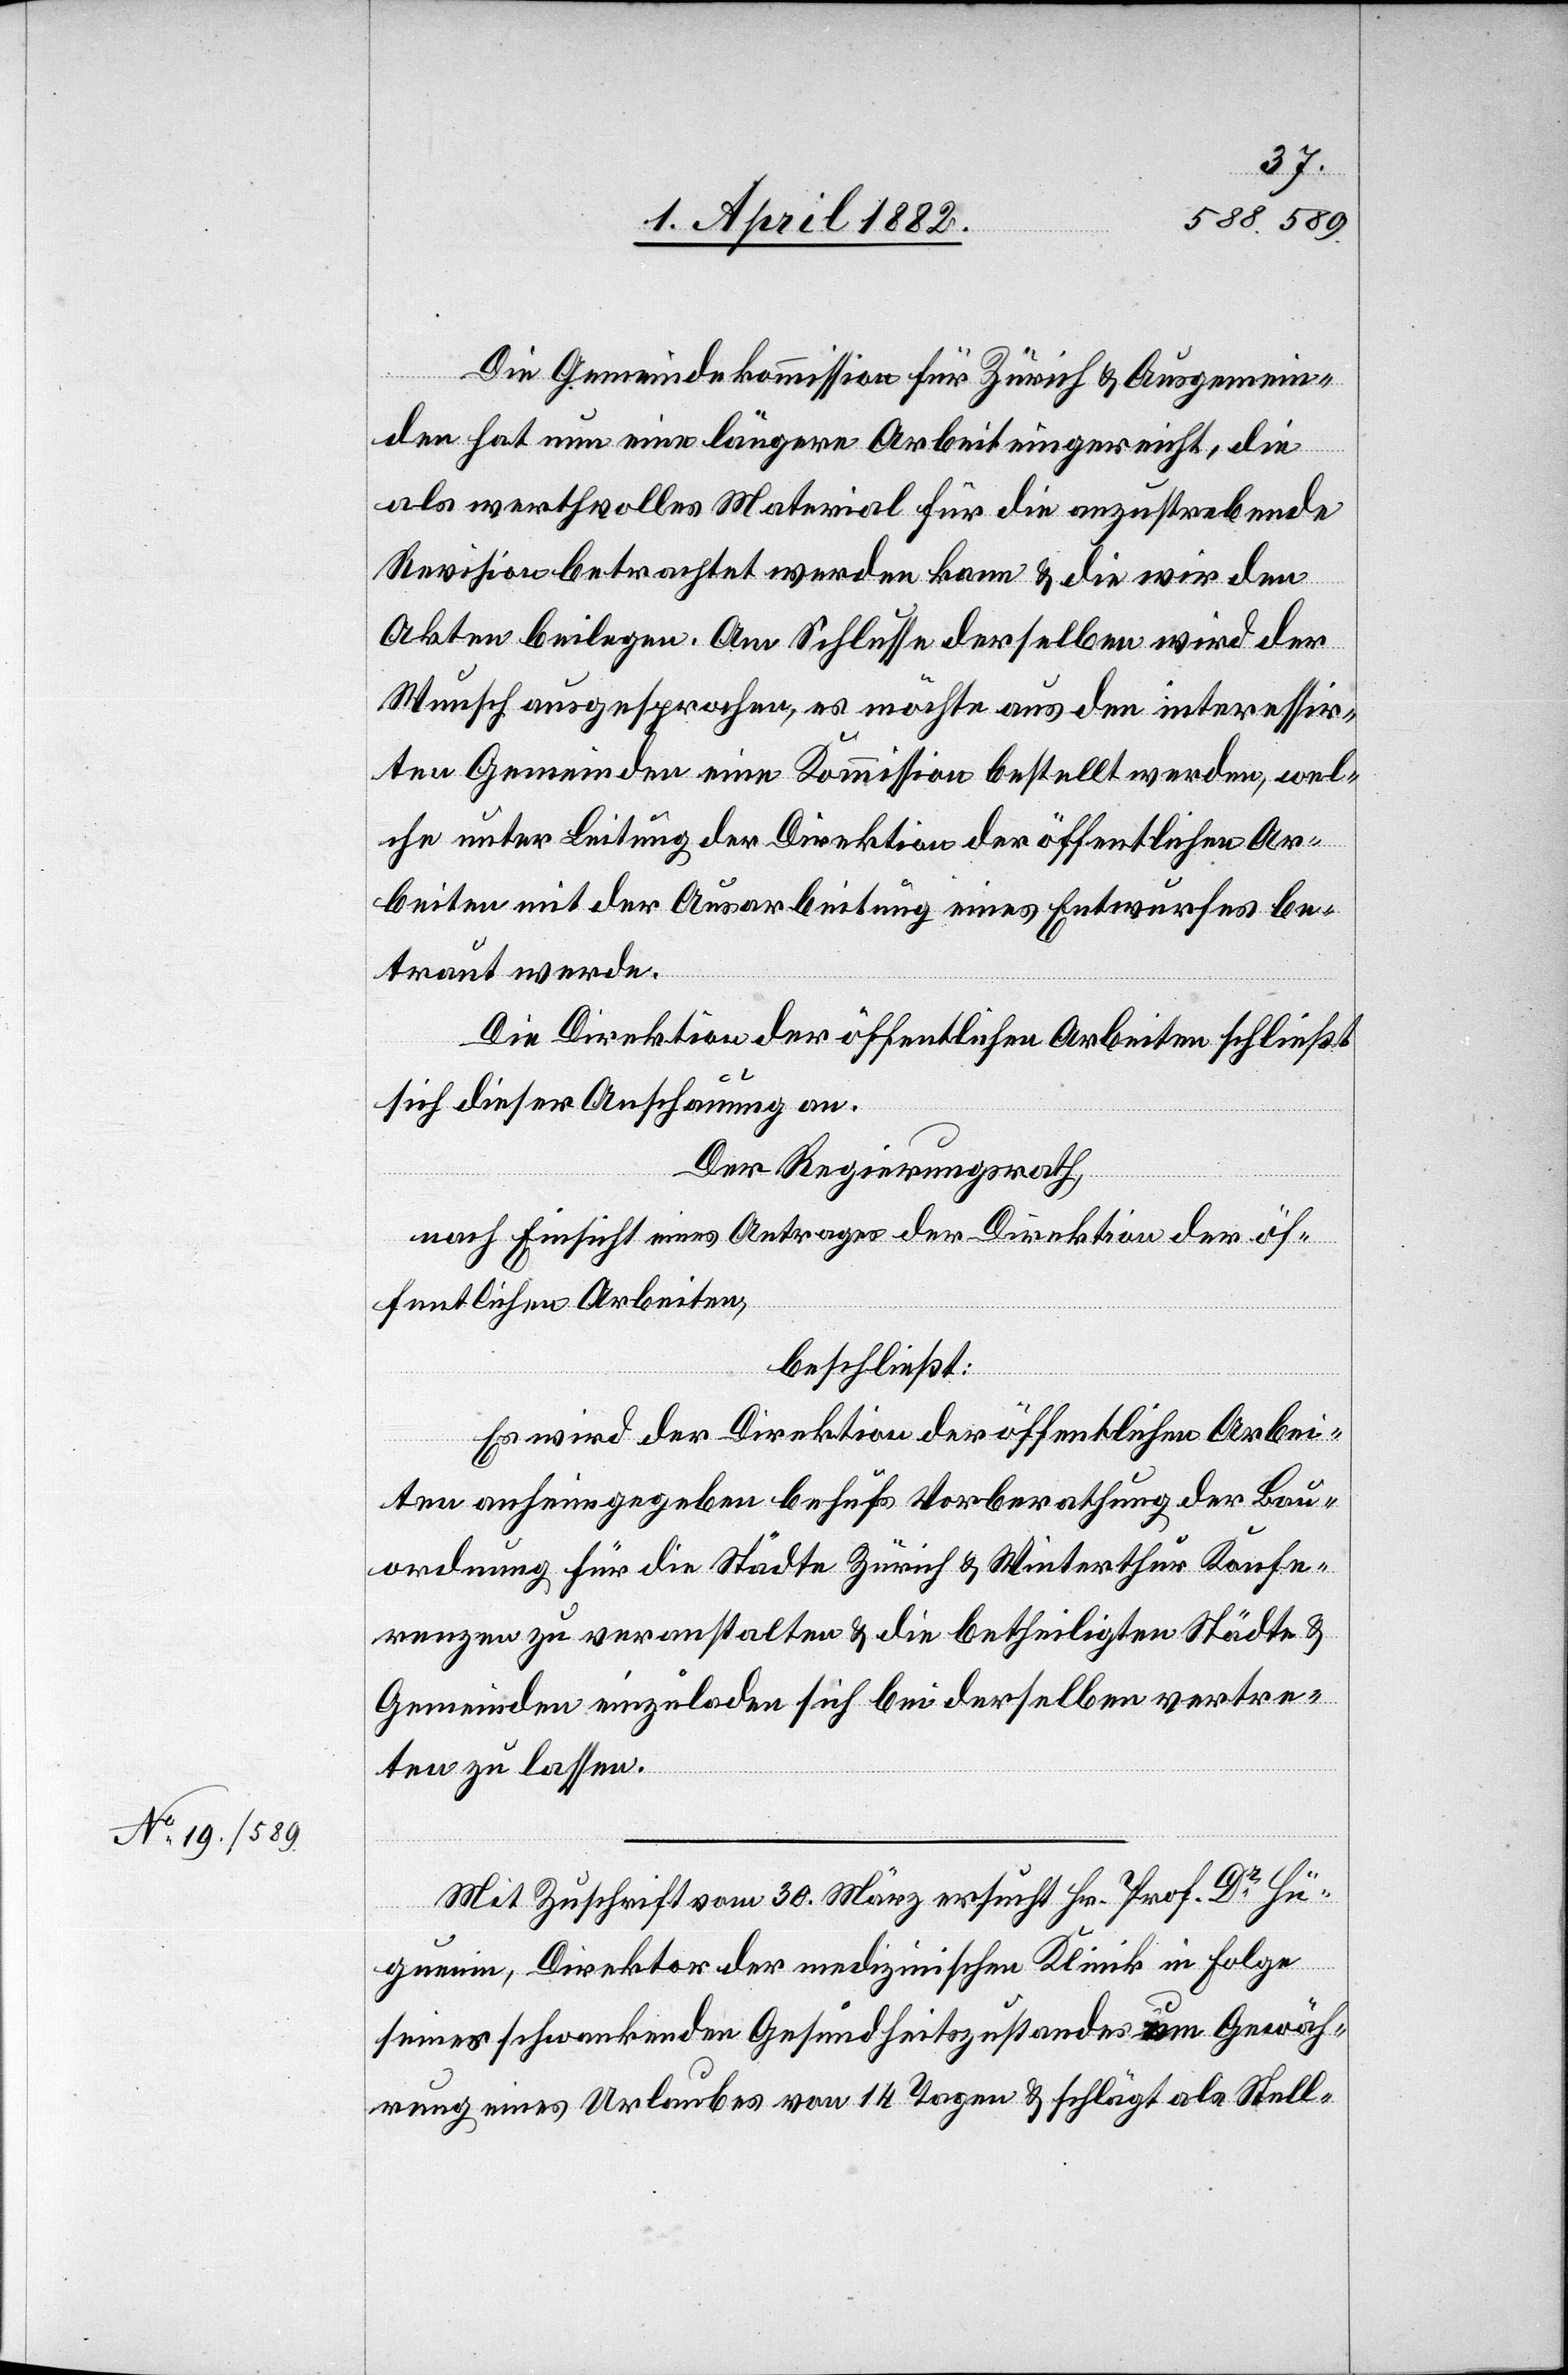
Die Gemeindekommission für Zürich & Ausgemein¬
den hat nun eine längere Arbeit eingereicht, die
als werthvolles Material für die anzustrebende
Revision betrachtet werden kann & die wir den
Akten beilegen. Am Schlusse derselben wird der
Wunsch ausgesprochen, es möchte aus den interessir¬
ten Gemeinden eine Kommission bestellt werden, wel¬
che unter Leitung der Direktion der öffentlichen Ar¬
beiten mit der Ausarbeitung eines Entwurfes be¬
traut werde.
Die Direktion der öffentlichen Arbeiten schließt
sich dieser Anschauung an.
Der Regierungsrath,
nach Einsicht eines Antrages der Direktion der öf¬
fentlichen Arbeiten,
beschließt:
Es wird der Direktion der öffentlichen Arbei¬
ten anheimgegeben behufs Vorberathung der Bau¬
ordnung für die Städte Zürich & Winterthur Konfe¬
renzen zu veranstalten & die betheiligten Städte &
Gemeinden einzuladen sich bei derselben vertre¬
ten zu lassen.
Mit Zuschrift vom 30. März ersucht Hr. Prof. Dr Hü¬
guenin, Direktor der medizinischen Klinik in Folge
seines schwankenden Gesundheitszustandes um Gewäh¬
rung eines Urlaubes von 14 Tagen & schlägt als Stell-